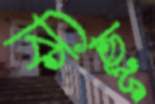
কিছূ